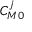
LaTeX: C _ { M 0 } ^ { j }